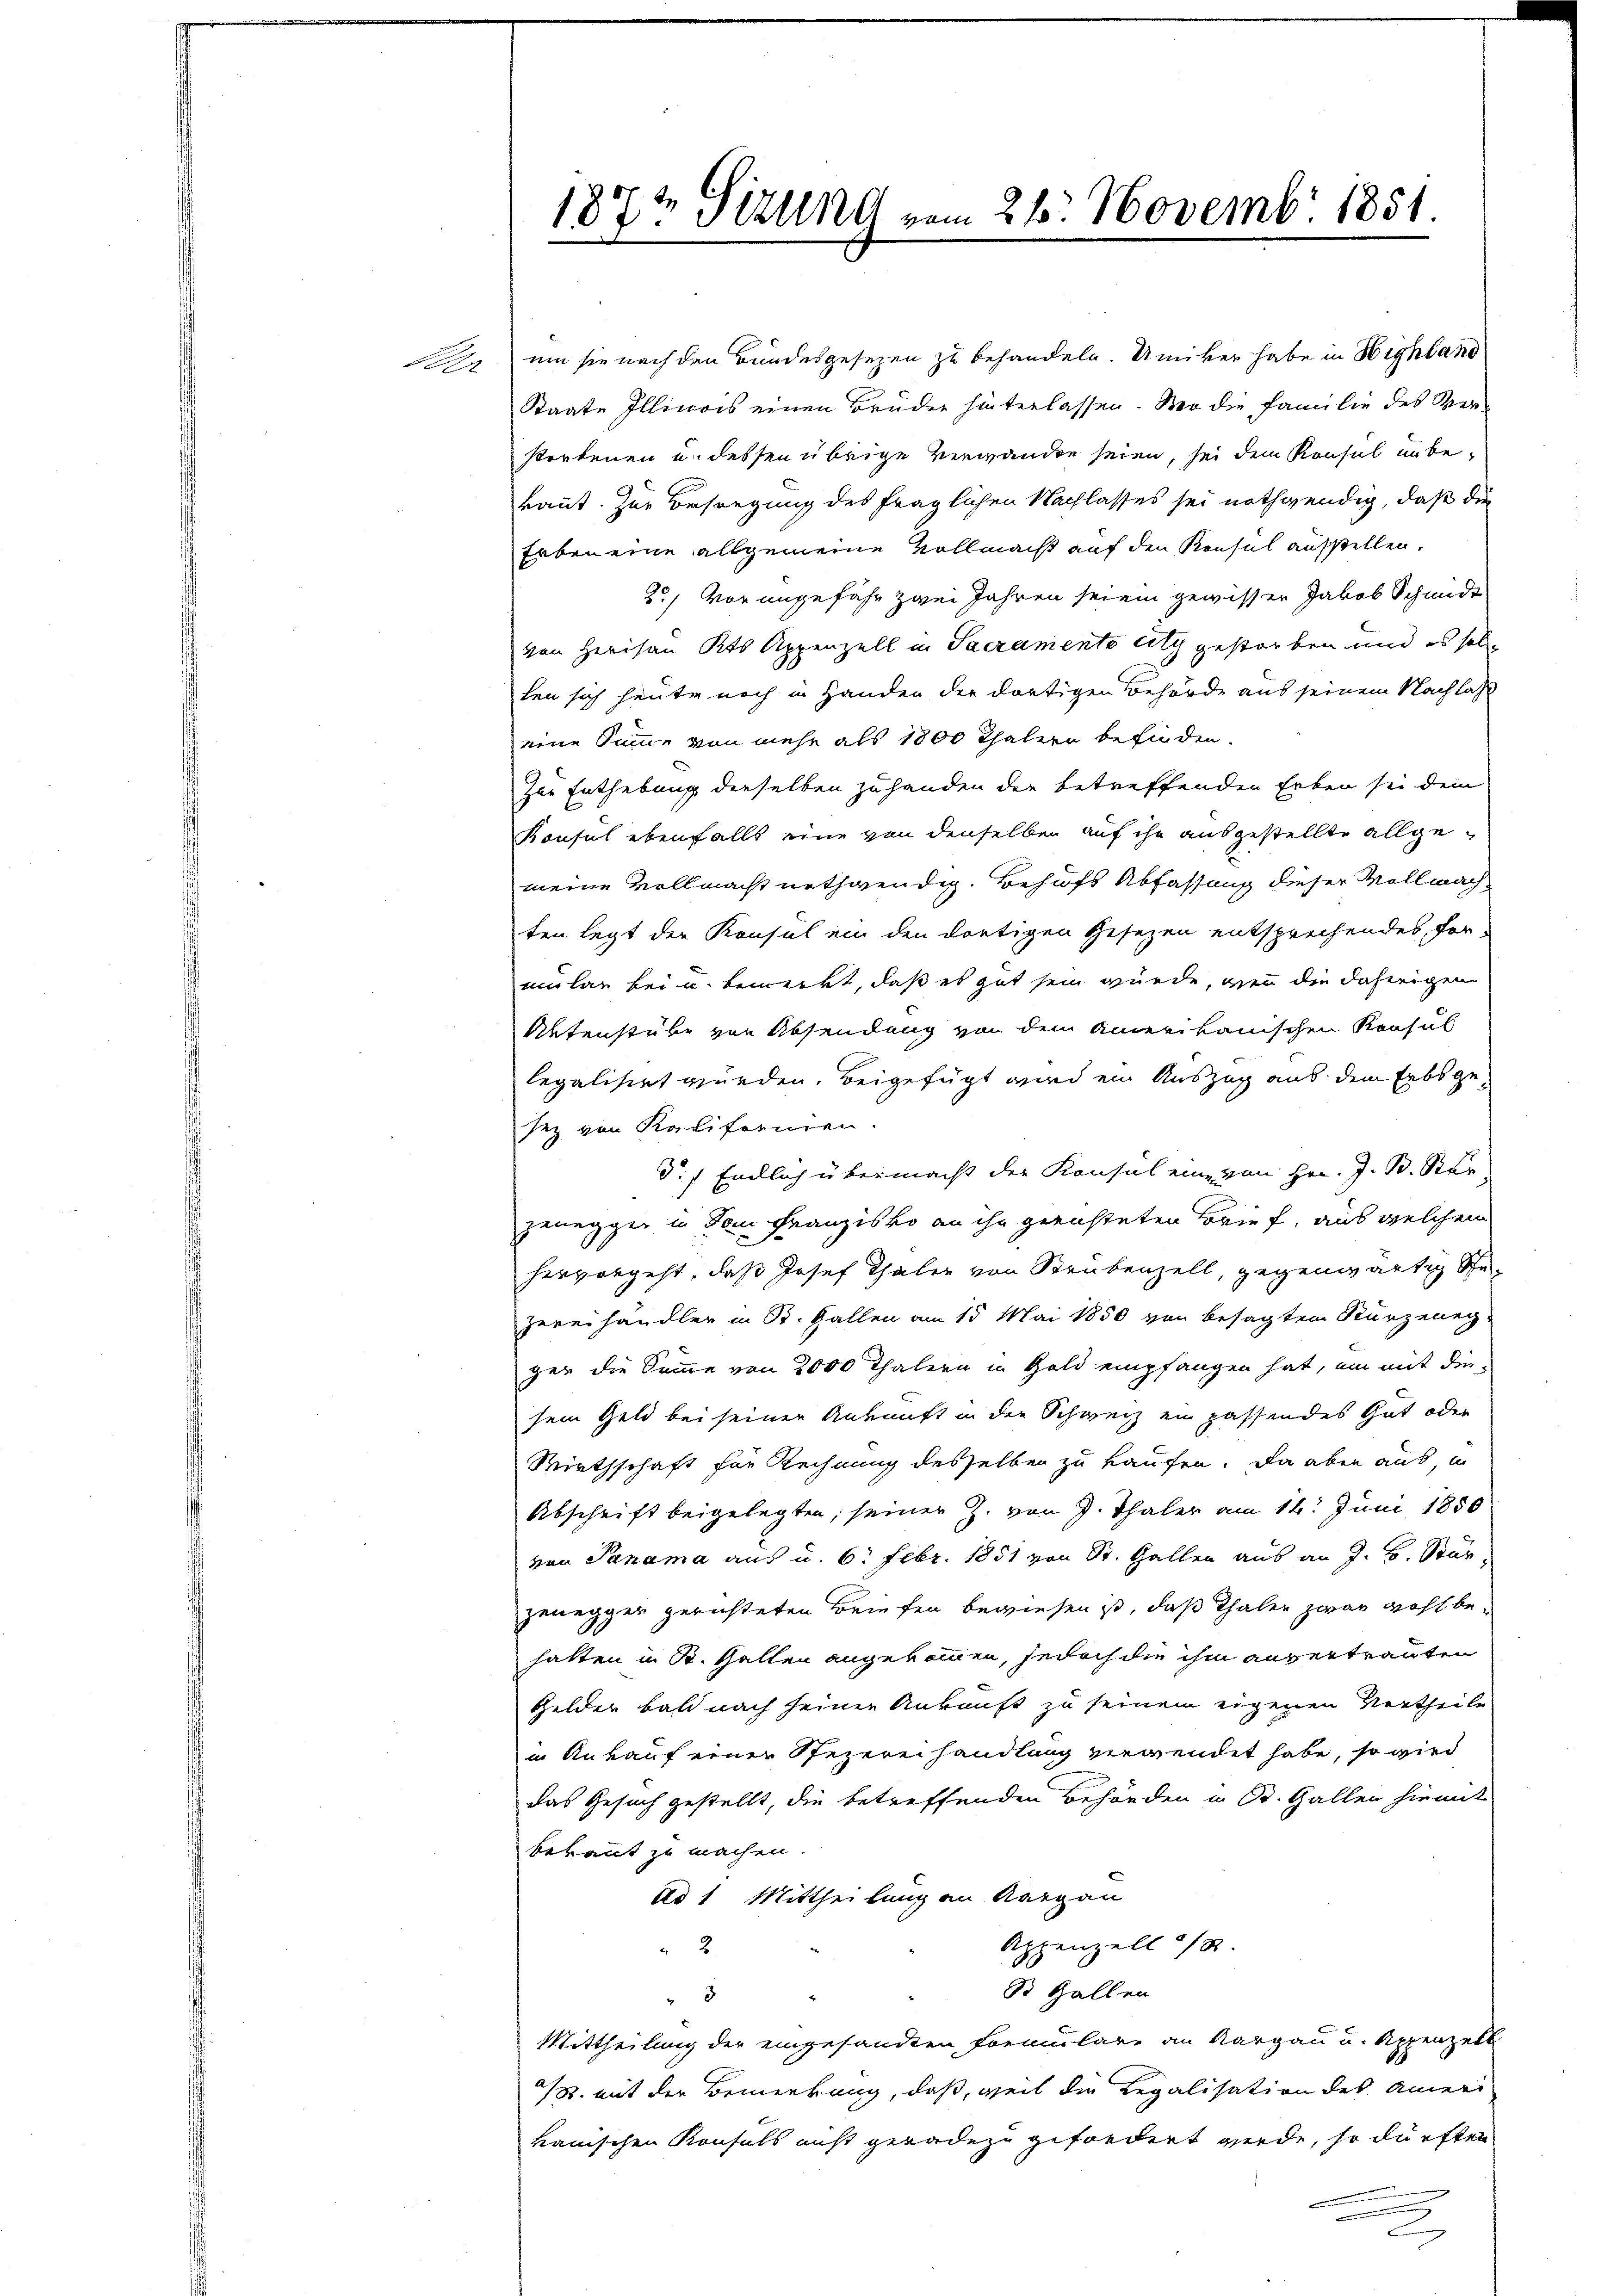
d

187t Sizung vom 26. Novembr. 1851.

um sie nach den Bundesgesetzen zu behandeln. Umiker habe in Highland
Staate Illinois einen Bruder hinterlassen. Wer die Familie des Verstorbenen u. dessen übrige Verwanden seien, sei dem Konsul unbekant. Zur Besiegung des fraglichen Nachlasses sei nothwendig, daß die
Erben eine allgemeine Vollmacht auf den Konsul aufstellen.
20, vor ungefähr zwei Jahren seien gewisser Jakob Schmidt
von Herisau Kts Appenzell in Sacramento sitz gestorben und es solle
ten sich heute noch in Handen der dortigen Behörde aus seinem Nachlasse
eine Summe von mehr als 1800 Thaler befinden.
Zur Enthebung derselben zuhanden der betreffenden Erben sei dem
Konsul ebenfalls eine von denselben auf ihn ausgestellte allgemeine Vollmacht nothwendig. Behufs Abfassung dieser Vollmach
ten legt der Konsul ein den dortigen Gesezen entsprechendes For-
mular bei u. bemerkt, daß es gut sein würde, wenn die daherigen
Aktenstube von Absendung von dem Amerikanischen Konsul
legalisirt wurden. Beigefügt wird ein Auszug aus dem Erbs gesez von Kalifornien.
d.) Endlich übermacht der Konsul eine von Hrn. J. B. Stär
zenegger in dem Franzisko an ihn gerichteten Brief, aus welchem
hervorgeht, daß Josef Thaler von Staubenzell, gegenwärtig ge-
zereihändler in St. Gallen am 15. Mai 1850 von besagten Kurzenegger die Summe von 2000 Thalern in Gold empfangen hat, um mit die
sein Geld bei seinen Ankunft in den Schweiz ein passendes Gut oder
Wirthschaft für Rechnung desselben zu kaufen. Da aber aus, in
Abschrift beigelegten, seiner Z. von J. Thaler am 16. Juni 1850
von Panama aus u. 6. Febr. 1851 von St. Gallen aus an J. B. Stär
zenegger gerichteten Briefen bewiesen ist, daß Thaler zwar wohl be-
hatten in St. Gallen angekommen, jedoch die ihm anvertrauten
Gelder bald nach seinen Ankunft zu seinem eigenen Vertheile
in Ankauf einer Spezerei handlung verwendet habe, so wird
das Gesuch gestellt, die betreffenden Behörden u. St. Gallen hiemit
bekannt zu machen.
Ad 1 Mittheilung an Kargau
Appenzell 18
2
B Gallen
3
Mittheilung der eingesandten Formulare an Aargau u. Appenzelt
1. mit der Bemerkung, daß, weil die Regalisation des Ameri
kanischen Konsuls nicht geradezu gefordert werde, so dürften
2